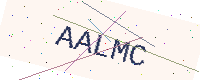
Text: AALMC